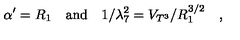
\alpha ^ { \prime } = R _ { 1 } \quad \mathrm { a n d } \quad 1 / \lambda _ { 7 } ^ { 2 } = V _ { T ^ { 3 } } / R _ { 1 } ^ { 3 / 2 } \quad ,